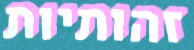
זהותיות